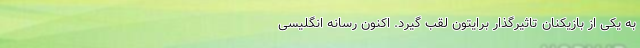
به یکی از بازیکنان تاثیرگذار برایتون لقب گیرد. اکنون رسانه انگلیسی